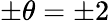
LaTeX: \pm\theta=\pm 2